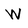
Character: W